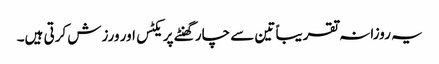
یہ روزانہ تقریباً تین سے چار گھنٹے پریکٹس اور ورزش کرتی ہیں۔